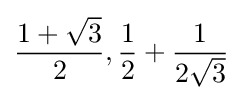
{\frac {1+{\sqrt {3}}}{2}},{\frac {1}{2}}+{\frac {1}{2{\sqrt {3}}}}